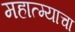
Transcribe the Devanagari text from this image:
महात्म्याचा